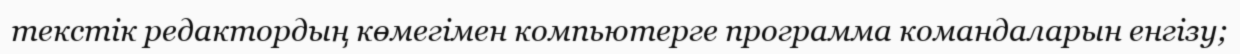
текстік редактордың көмегімен компьютерге программа командаларын енгізу;